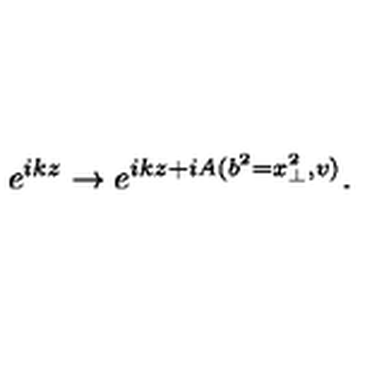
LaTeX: e ^ { i k z } \rightarrow e ^ { i k z + i A ( b ^ { 2 } = x _ { \perp } ^ { 2 } , v ) } .